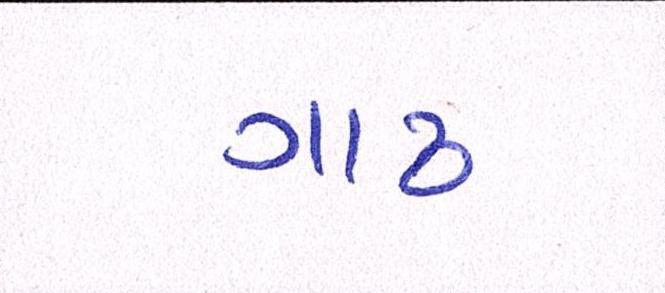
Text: ગાઢ